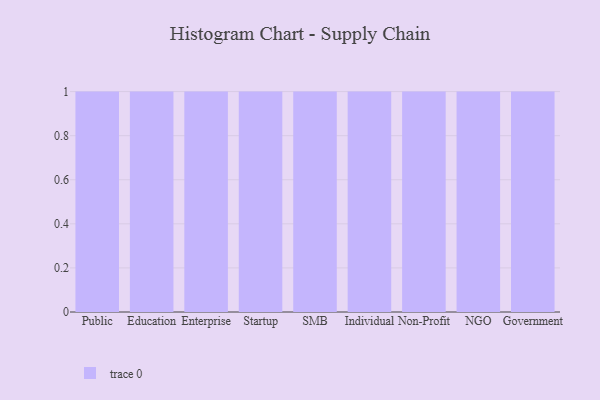
{"axis": {"x": "Segment", "y": "Bounce Rate (%)"}, "legend": [""], "data": [{"x": "Public", "y": 97, "type": ""}, {"x": "Education", "y": 5, "type": ""}, {"x": "Enterprise", "y": 31, "type": ""}, {"x": "Startup", "y": 91, "type": ""}, {"x": "SMB", "y": 12, "type": ""}, {"x": "Individual", "y": 88, "type": ""}, {"x": "Non-Profit", "y": 4, "type": ""}, {"x": "NGO", "y": 99, "type": ""}, {"x": "Government", "y": 3, "type": ""}]}